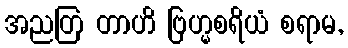
အညတြ တာဟိ ဗြဟ္မစရိယံ စရာမ,